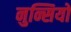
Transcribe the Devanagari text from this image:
नुन्सियो